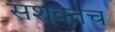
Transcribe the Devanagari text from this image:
सशक्तच